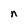
Character: n